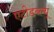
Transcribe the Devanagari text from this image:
एटीडब्ल्यू